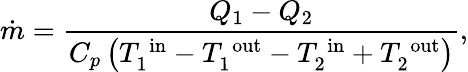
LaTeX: \dot{m}=\frac{Q_{1}-Q_{2}}{C_{p}\left(T_{1}^{\mathrm{\; in}}-T_{1}^{\mathrm{\; out}}-T_{2}^{\mathrm{\; in}}+T_{2}^{\mathrm{\; out}}\right)},